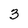
Character: 3